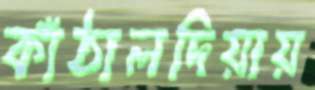
কাঁঠালদিয়ায়